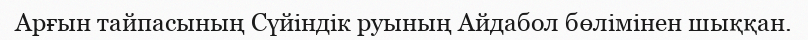
Арғын тайпасының Сүйіндік руының Айдабол бөлімінен шыққан.